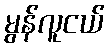
မွန်လူငယ်